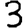
Digit: 3